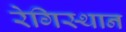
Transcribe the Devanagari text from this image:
रेगिस्थान